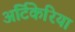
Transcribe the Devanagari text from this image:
अर्टिकेरिया